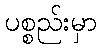
ပစ္စည်းမှာ